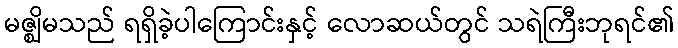
မဇ္ဈိမသည် ရရှိခဲ့ပါကြောင်းနှင့် လောဆယ်တွင် သရဲကြီးဘုရင်၏